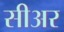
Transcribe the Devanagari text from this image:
सीअर